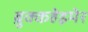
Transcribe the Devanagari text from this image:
ब्रुक्कहेइमेर